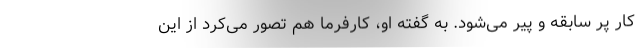
کار پر سابقه و پیر می‌شود. به گفته او، کارفرما هم تصور می‌کرد از این